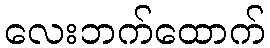
လေးဘက်ထောက်